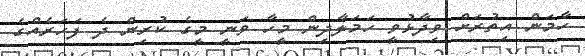
ހާމަން އިތުރަށް ވިދާޅުވީ ހަމަލާދިން މީހާ ވަނީ މީގެ ކުރިން ދެ ފަހަރެއްގެ